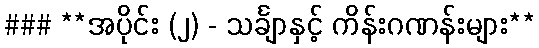
### **အပိုင်း (၂) - သင်္ချာနှင့် ကိန်းဂဏန်းများ**